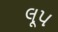
લૂપ